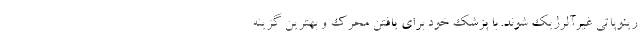
رینوپاتی غیرآلرژیک شوند. با پزشک خود برای یافتن محرک و بهترین گزینه